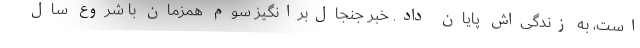
است، به زندگی‌اش پایان داد. خبر جنجال‌برانگیز سوم همزمان با شروع سال